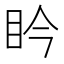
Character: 𥄯